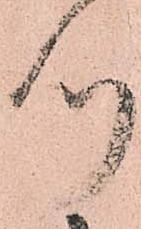
つ